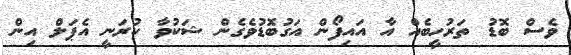
ވެސް ބޮޑު ތަރުހީބެއް އާ އައިފޯން އަގުބޮޑުވެގެން ޝަކުވާ ކުރަނީ އެޕަލް އިން